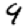
Digit: 9